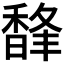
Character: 𩡇